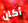
أكان